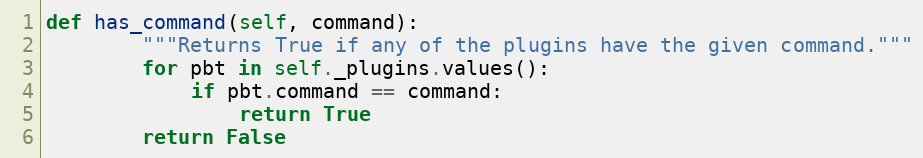
Language: Python
def has_command(self, command):
        """Returns True if any of the plugins have the given command."""
        for pbt in self._plugins.values():
            if pbt.command == command:
                return True
        return False